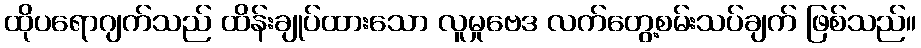
ထိုပရောဂျက်သည် ထိန်းချုပ်ထားသော လူမှုဗေဒ လက်တွေ့စမ်းသပ်ချက် ဖြစ်သည်။